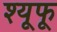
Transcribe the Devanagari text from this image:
श्यूफू